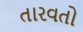
તારવતો